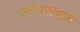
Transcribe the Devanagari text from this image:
वसंतरावाचे